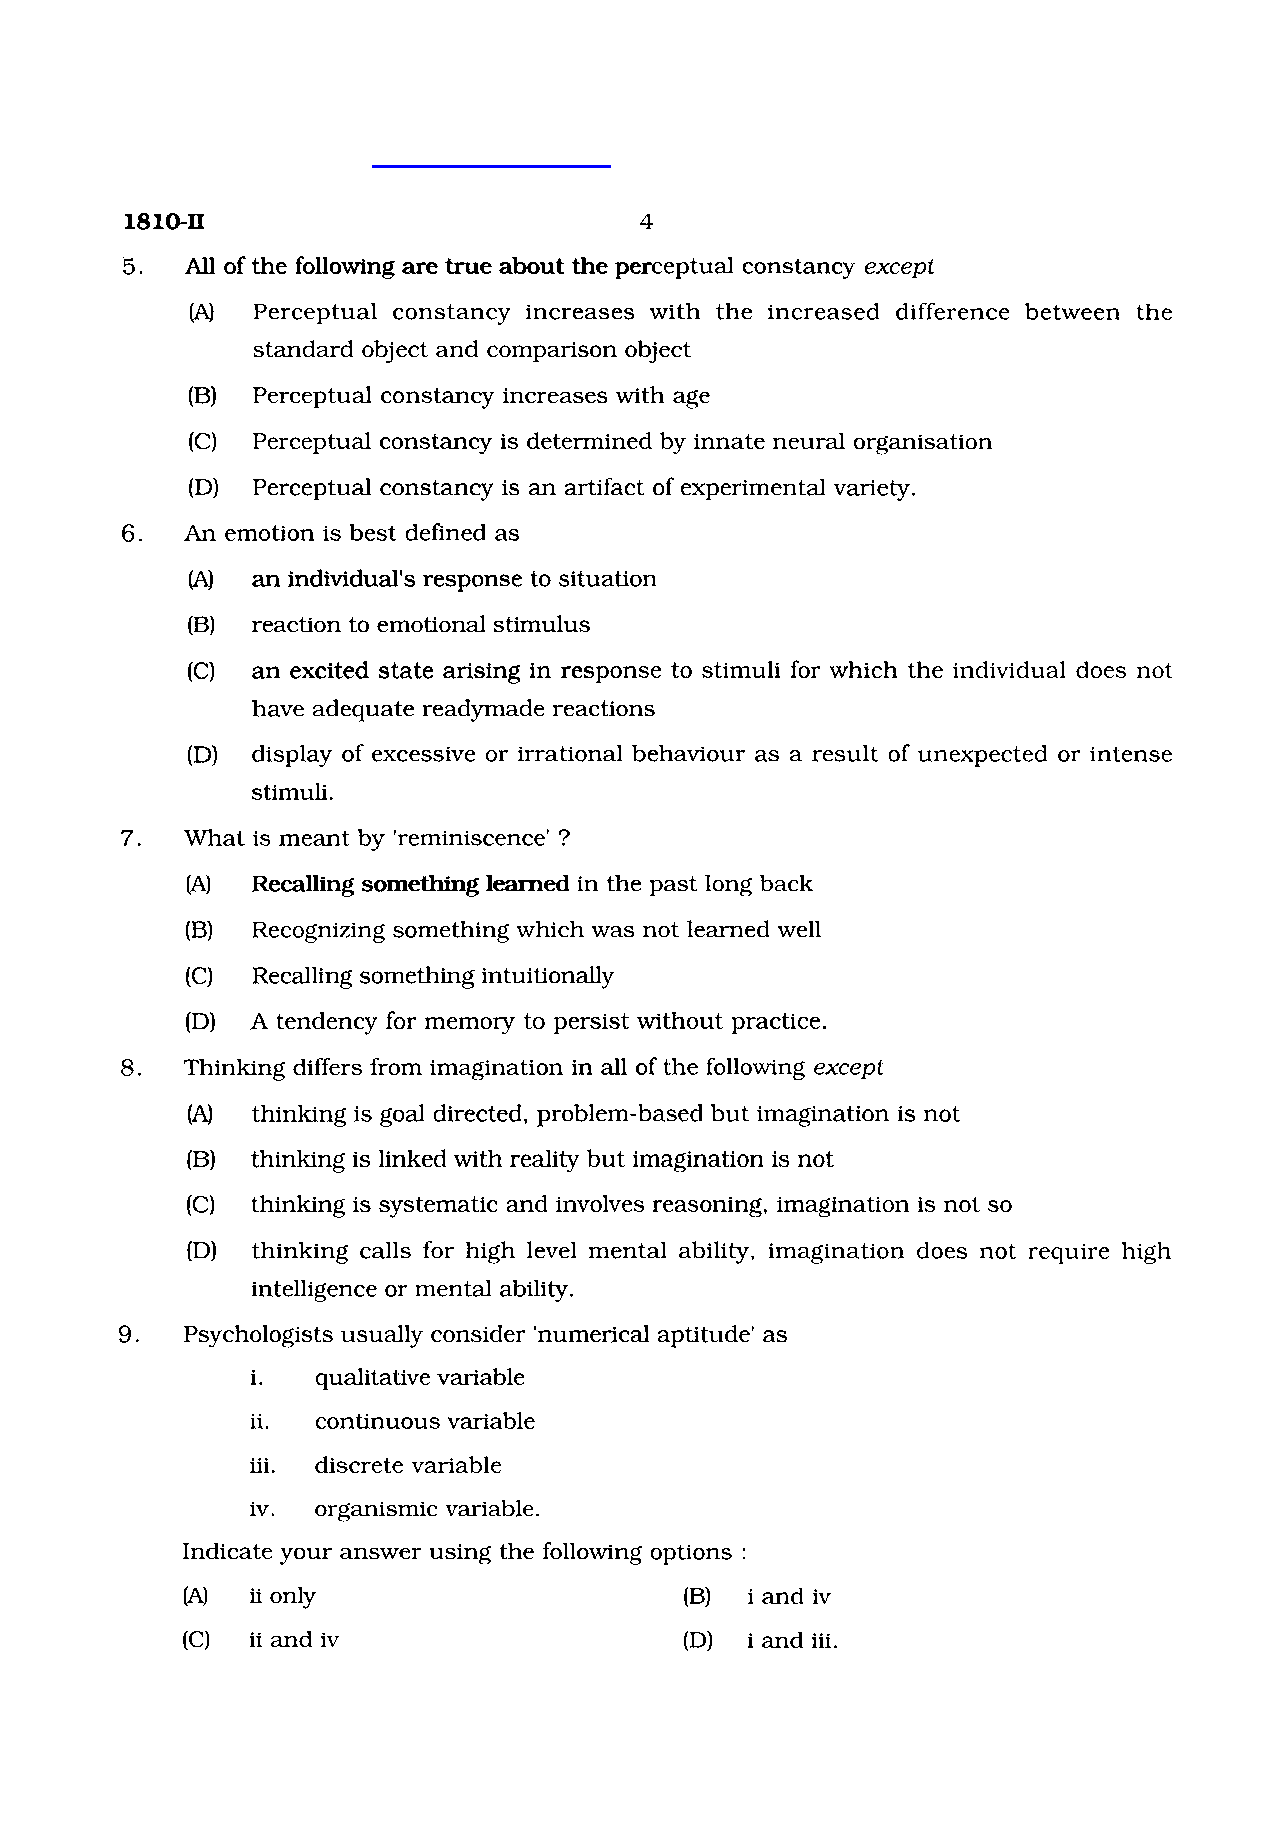
1810-11                           4
 5.  All of the following are true about the perceptual constancy except
 (A) Perceptual constancy increases with the increased difference between the
 standard object and comparison object
 (B) Perceptual constancy increases with age
 (C) Perceptual constancy is determined by innate neural organisation
 (D) Perceptual constancy is an artifact of experimental variety.
 6.  An emotion is best defined as
 (A) an individual's response to situation
 (B) reaction to emotional stimulus
 (C) an excited state arising in response to stimuli for which the individual does not
 have adequate readymade reactions
 (D) display of excessive or irrational behaviour as a result of unexpected or intense
 stimuli.
 7.  What is meant by 'reminiscence' ?
 (A)  Recalling something learned in the past long back
 (B)  Recognizing something which was not learned well
 (C)  Recalling something intuitionally
 (D)  A tendency for memory to persist without practice.
 8.  Thinking differs from imagination in all of the following except
 (A)  thinking is goal directed, problem-based but imagination is not
 (B)  thinking is linked with reality but imagination is not
 (C)  thinking is systematic and involves reasoning, imagination is not so
 (D)  thinking calls for high level mental ability, imagination does not require high
 intelligence or mental ability.
 9.  Psychologists usually consider 'numerical aptitude' as
 i.  qualitative variable
 ii. continuous variable
 iii. discrete variable
 iv. organismic variable.
 Indicate your answer using the following options :
 (A)  iionly                      (B) i and iv
 (C)  ii and iv                   (D) i and iii.
 w
 w
 w
 .
 S
 t
 u
 d
 y
 G
 u i
 d
 e
 I
 n
 d
 i
 a
 .
 c
 o
 m